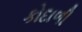
કોદાળી